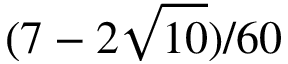
( 7 - 2 \sqrt { 1 0 } ) / 6 0